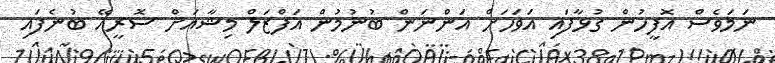
ނަމަވެސް އޮފީހުން ގުޅާފައި އަވަހަށް އަންނަން ބުނުމުން އަފްޒަލް މިޝާއަށް ސޮރީއޭ ބުނެފައި